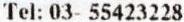
TEL: 03- 55423228